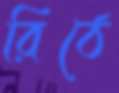
রিঠে